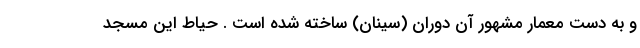
و به دست معمار مشهور آن دوران (سینان) ساخته شده است . حیاط این مسجد